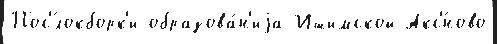
Пос'́локборк'и образова́н'иjа Ишимской Акс'́ново